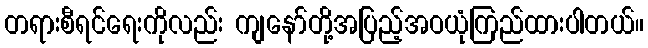
တရားစီရင်ရေးကိုလည်း ကျနော်တို့အပြည့်အဝယုံကြည်ထားပါတယ်။